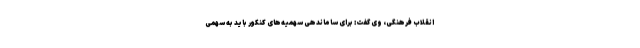
انقلاب فرهنگی، وی گفت: برای ساماندهی سهمیه‌های کنکور باید به سهمی